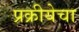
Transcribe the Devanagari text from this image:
प्रक्रीयेचा